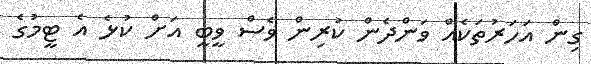
ގިން އަހަރުތަކެއް ވަންދެން ކުރިން ވެސް ވީބީ އަށް ކުޅެ އެ ޓީމުގެ